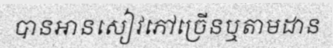
បានអានសៀវភៅច្រើនឬតាមដាន